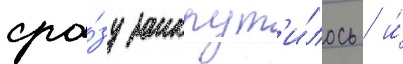
сра́зу закрут'и́лось / и́